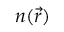
n ( \vec { r } )